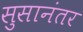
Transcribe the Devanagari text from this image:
सुसानंतर